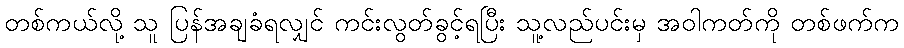
တစ်ကယ်လို့ သူ ပြန်အချခံရလျှင် ကင်းလွတ်ခွင့်ရပြီး သူ့လည်ပင်းမှ အဝါကတ်ကို တစ်ဖက်က